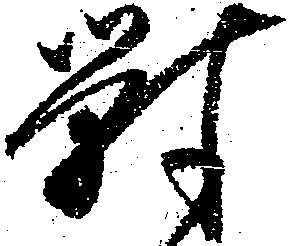
対